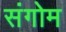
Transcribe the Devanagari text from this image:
संगोम